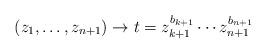
LaTeX: \begin{align*}(z_1,\dots, z_{n+1})\to t= z_{k+1}^{b_{k+1}}\cdots z_{n+1}^{b_{n+1}}\end{align*}